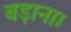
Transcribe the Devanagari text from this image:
बड़ाना।